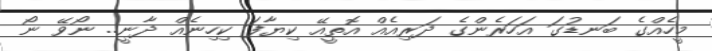
މީހެއްގެ ބަނޑުގަ އަހަރެންގެ ދަރިއެއް އޮތީއޭ ކިޔާފަ ކިހިނެއް ދާނީ.. ނޯވޭ ނޯ